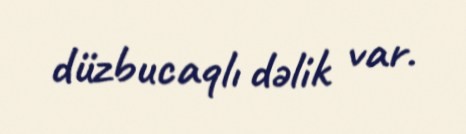
düzbucaqlı dəlik var.